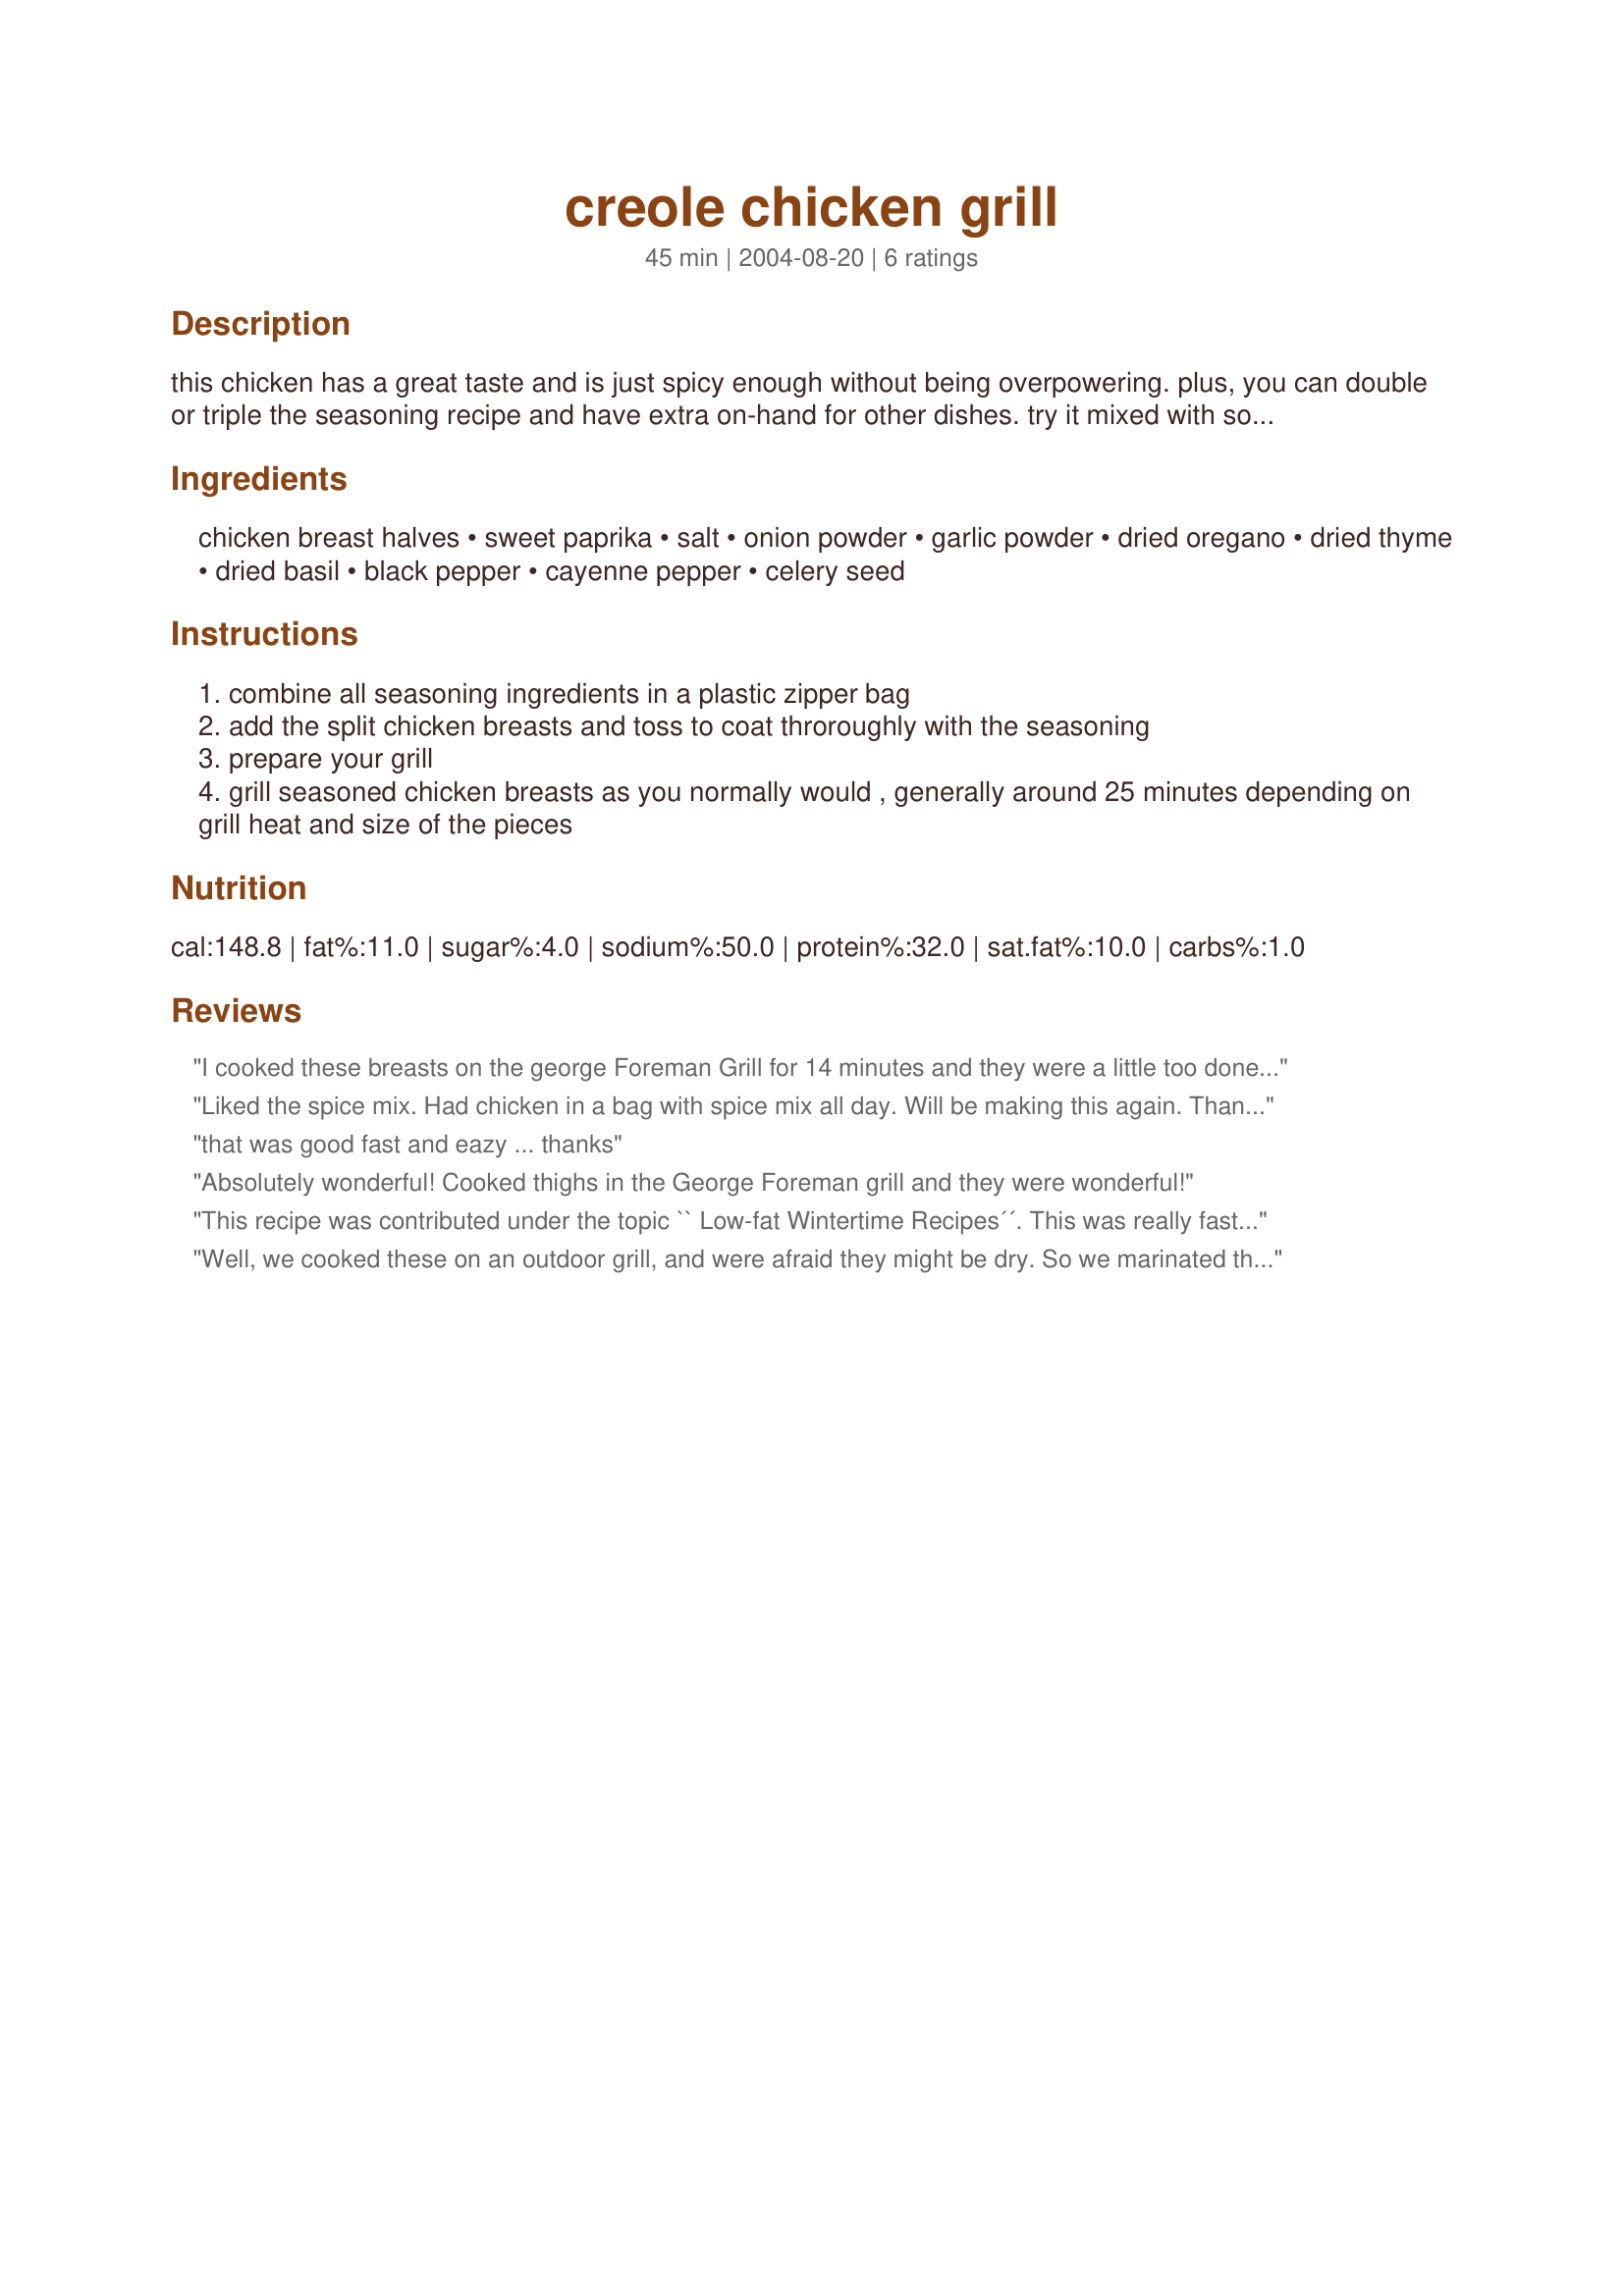
creole chicken grill
Preparation time: 45 minutes

this chicken has a great taste and is just spicy enough without being overpowering. plus, you can double or triple the seasoning recipe and have extra on-hand for other dishes. try it mixed with some softened butter to melt on corn on the cob or popcorn!

Ingredients:
chicken breast halves, sweet paprika, salt, onion powder, garlic powder, dried oregano, dried thyme, dried basil, black pepper, cayenne pepper, celery seed

Steps:
combine all seasoning ingredients in a plastic zipper bag
add the split chicken breasts and toss to coat throroughly with the seasoning
prepare your grill
grill seasoned chicken breasts as you normally would , generally around 25 minutes depending on grill heat and size of the pieces

Reviews:
I cooked these breasts on the george Foreman Grill for 14 minutes and they were a little too done but the next night at 12 minutes they were GREAT!
Liked the spice mix. Had chicken in a bag with spice mix all day. Will be making this again. Thank you EdsGirlAngie.
that was good fast and eazy ... thanks
Absolutely wonderful! Cooked thighs in the George Foreman grill and they were wonderful!
This recipe was contributed under the topic `` Low-fat Wintertime Recipes´´. This was really fast and tasty. The spice mix was just right and we will make this over and over again. 25 minutes was just right for my covered grill. Thank you EdsGirlAngie !
Well, we cooked these on an outdoor grill, and were afraid they might be dry. So we marinated them in 1/4 C oil, 1/4 C lemon juice, and 2 Tbsp of the seasoning. They were absolutely fabulous and very moist when done this way.
